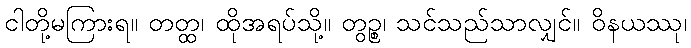
ငါတို့မကြားရ။ တတ္ထ၊ ထိုအရပ်သို့။ တွဉ္စ၊ သင်သည်သာလျှင်။ ဝိနယဿု၊